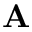
\mathbf { A }